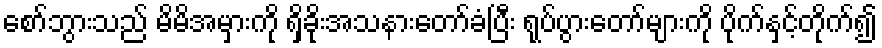
စော်ဘွားသည် မိမိအမှားကို ရှိခိုးအသနားတော်ခံပြီး ရုပ်ပွားတော်များကို ပိုက်နှင့်တိုက်၍